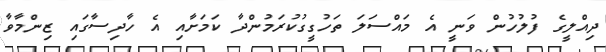
ދިއްލީގެ ފުލުހުން ވަނީ އެ މައްސަލަ ތަހުގީގުކުރަމުންދާ ކަމަށާއި އެ ހާދިސާގައި ޒިންމާވާ